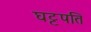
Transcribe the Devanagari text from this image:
घट्टपति